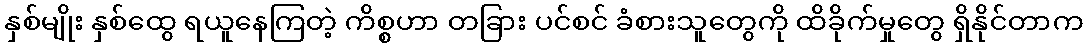
နှစ်မျိုး နှစ်ထွေ ရယူနေကြတဲ့ ကိစ္စဟာ တခြား ပင်စင် ခံစားသူတွေကို ထိခိုက်မှုတွေ ရှိနိုင်တာက